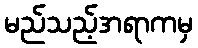
မည်သည့်အရာကမှ